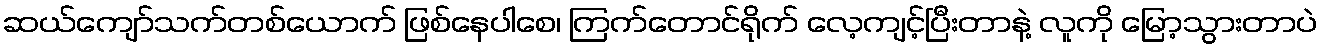
ဆယ်ကျော်သက်တစ်ယောက် ဖြစ်နေပါစေ၊ ကြက်တောင်ရိုက် လေ့ကျင့်ပြီးတာနဲ့ လူကို မြော့သွားတာပဲ